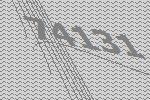
74131